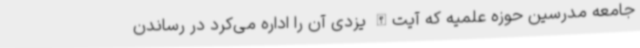
جامعه مدرسین حوزه علمیه که آیت‌الله یزدی آن را اداره می‌کرد در رساندن